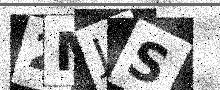
Text: 2MJS